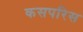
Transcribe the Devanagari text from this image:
कसपरिस